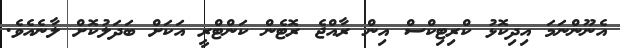
އެނޫންނަމަ އިދިކޮޅު ކްރިޓިކްސް އިން ރާއްޖެ ރޮޓެން ކަންޓްރީ އަކަށް ބަދަލުކޮށް ލާނެއެވެ.